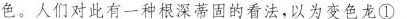
色。人们对此有一种根深蒂固的看法，以为变色龙\underline{①}